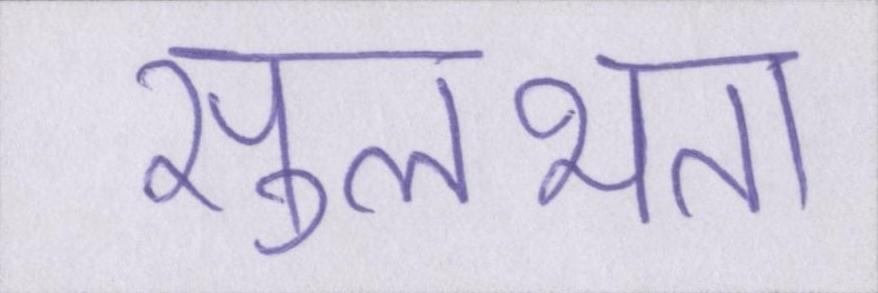
सुलभता